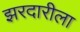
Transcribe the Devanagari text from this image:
झरदारीला